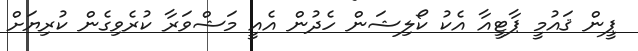
ޕީން ޤައުމީ ޕާޓީއާ އެކު ކޯލިޝަން ހެދުން އެއީ މަޝްވަރާ ކުރެވިގެން ކުރިޔަށް